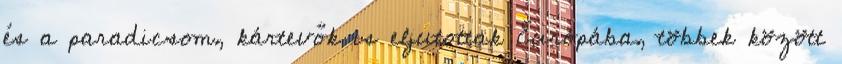
és a paradicsom, kártevők is eljutottak Európába, többek között